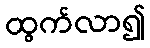
ထွက်လာ၍